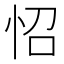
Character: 怊